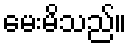
မေးမိသည်။